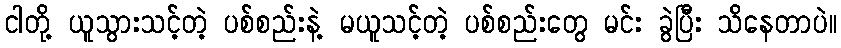
ငါတို့ ယူသွားသင့်တဲ့ ပစ်စည်းနဲ့ မယူသင့်တဲ့ ပစ်စည်းတွေ မင်း ခွဲပြီး သိနေတာပဲ။